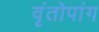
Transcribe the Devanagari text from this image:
वृंतोपांग